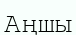
Аңшы